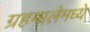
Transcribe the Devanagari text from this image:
ग्रहमालेमध्ये